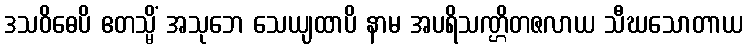
ဒသဝိဓေပိ ဧတသ္မိံ အသုဘေ သေယျထာပိ နာမ အပရိသဏ္ဌိတဇလာယ သီဃသောတာယ